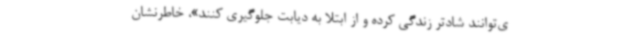
ی‌توانند شادتر زندگی کرده و از ابتلا به دیابت جلوگیری کنند»، خاطرنشان